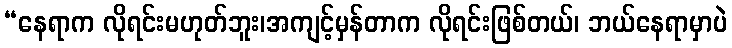
“နေရာက လိုရင်းမဟုတ်ဘူး၊အကျင့်မှန်တာက လိုရင်းဖြစ်တယ်၊ ဘယ်နေရာမှာပဲ